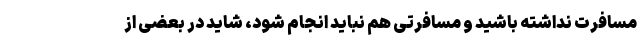
مسافرت نداشته باشید و مسافرتی هم نباید انجام شود، شاید در بعضی از